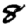
Digit: 8